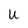
Character: u